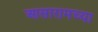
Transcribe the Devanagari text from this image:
आसारामच्या